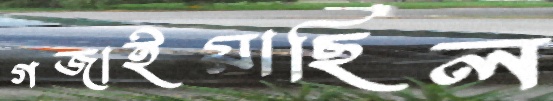
গজাইয়াছিল